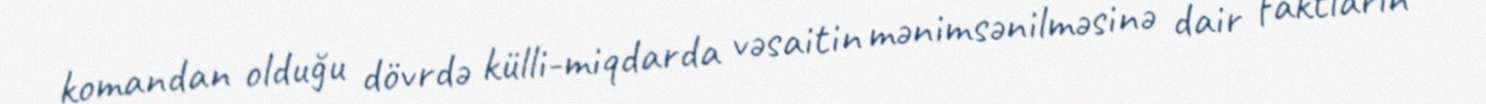
komandan olduğu dövrdə külli-miqdarda vəsaitin mənimsənilməsinə dair faktların